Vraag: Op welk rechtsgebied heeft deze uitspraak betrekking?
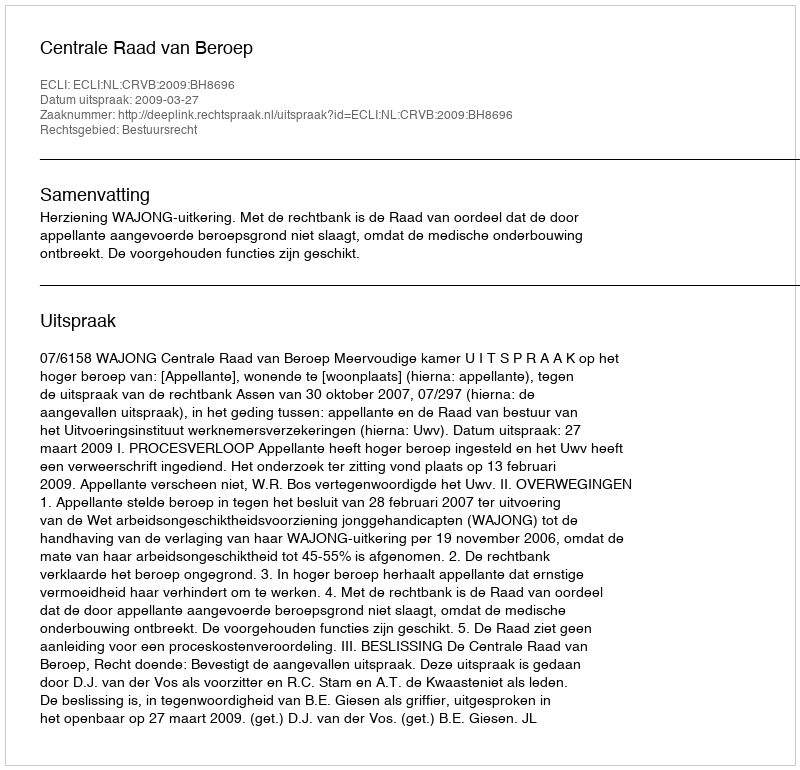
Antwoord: Bestuursrecht